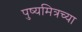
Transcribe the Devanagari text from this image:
पुष्यमित्रच्या